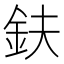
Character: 鈇